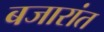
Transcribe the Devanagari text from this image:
बजारांत